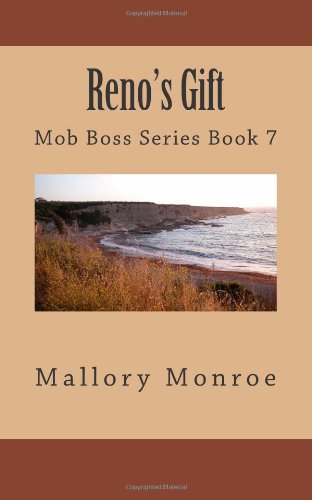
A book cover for Reno's Gift (Mob Boss Series) (Volume 7); Mallory Monroe; Romance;